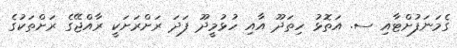
ގެމަނަފުށްޓާއި ސ. އަތޮޅު ހިތަދޫ އާއި ހުޅުމީދޫ ފަދަ ރަށްރަށަކީ ރާއްޖޭގެ ރަށްތަކުގެ